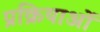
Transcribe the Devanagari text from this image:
प्रक्रियाओं